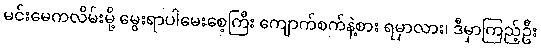
မင်းမေကလိမ်းမို့ မွေးရာပါမေးစေ့ကြီး ကျောက်စက်နဲ့စား ရမှာလား၊ ဒီမှာကြည့်ဦး